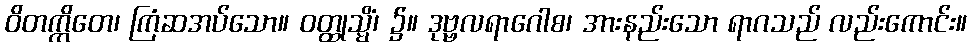
ဝိတက္ကိတေ၊ ကြံဆအပ်သော။ ဝတ္ထုသ္မိံ၊ ၌။ ဒုဗ္ဗလရာဂေါစ၊ အားနည်းသော ရာဂသည် လည်းကောင်း။